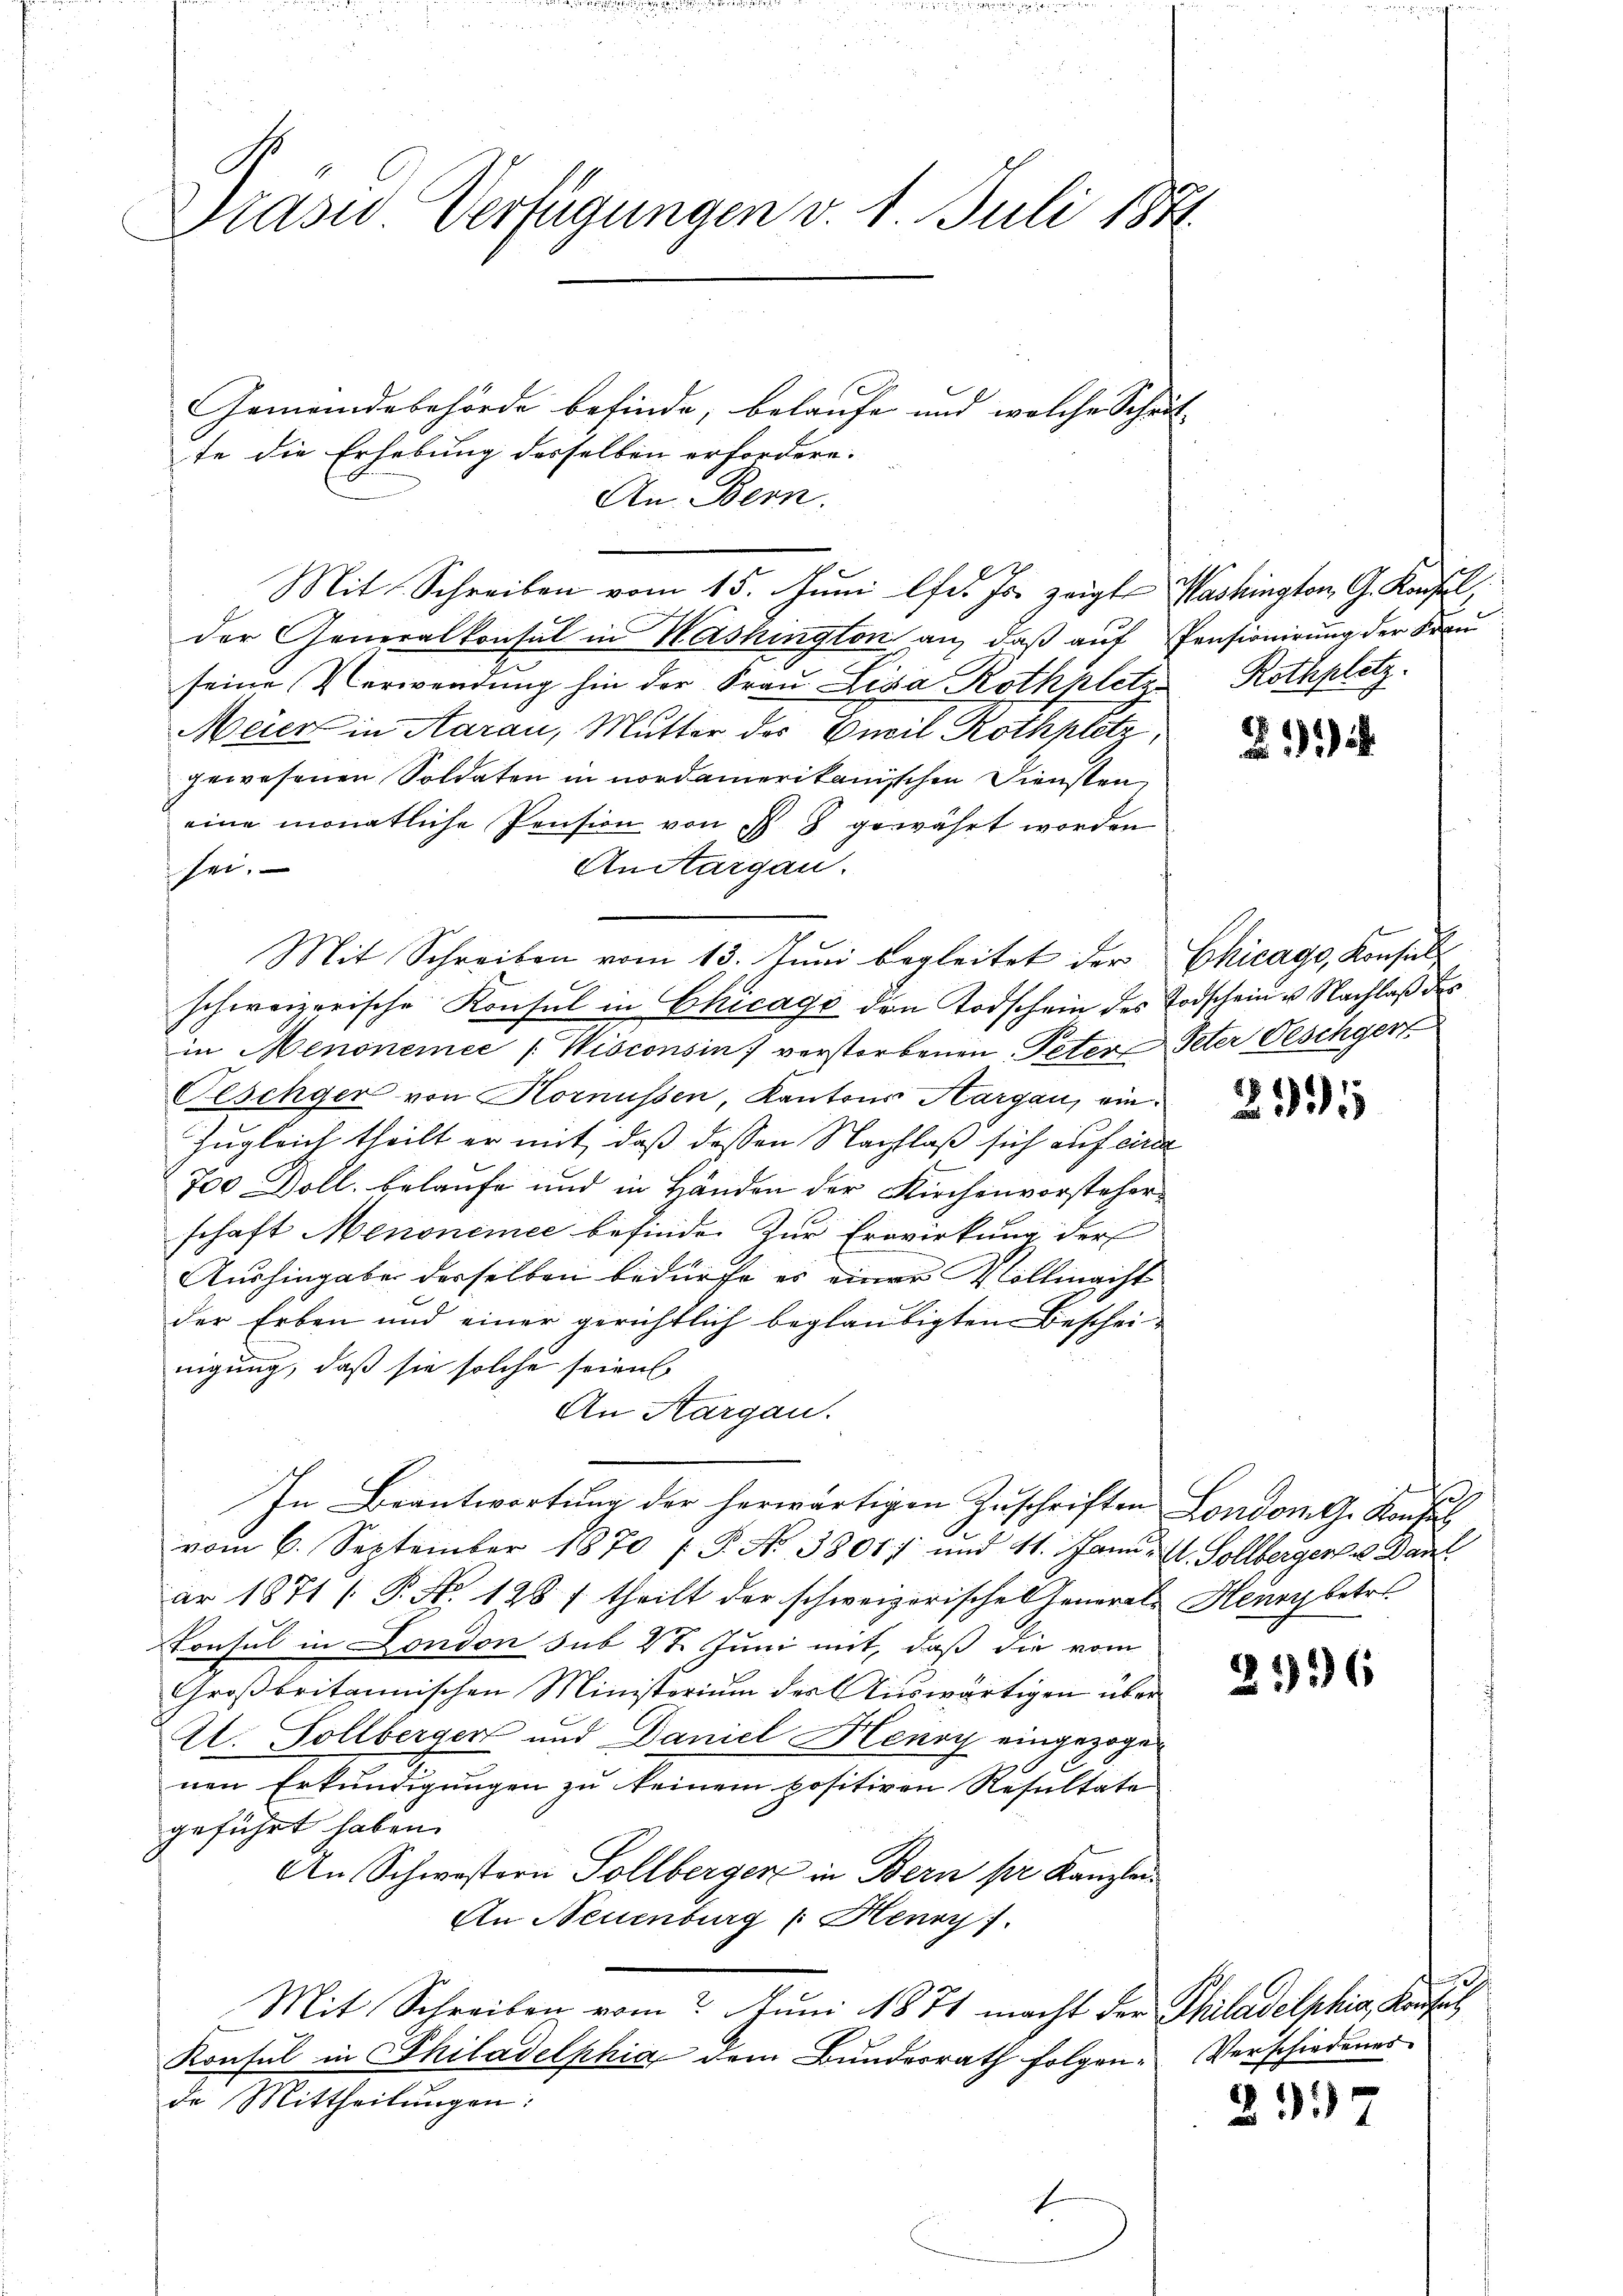
Präses Verfügungen v. 1. Juli 184.

Gemeindebehörde befinde, belaufe und welche Schutz
te die Erhebung desselben erfordere.
An. Bern.
der Generalkonsul in Washington an, daß auf Pensionirung der Frau
seine Verwendung hin der Frau Liga Rothkletz
Meier in Aarau, Mutter des Concil Rothplitz,
gewesenen Soldaten in nordamerikanischen Diensten
eine monatliche Pension von 8 gewährt worden
Anitargau.
sei.
Mit Schreiben vom 13. Juni begleitet der
schweizerische Konsul in Chicago den Todschein des Todschein u. Nachlaß des
in Menonemee [Wisconsin verstorbenen Peter Peter Oeschger
Oeschger von Hornüssen, Kantons Aargau, ein¬
Zugleich theilt er mit, daß dessen Nachlaß sich auf einer
700 Doll. belaufe und in Händen der Kirchenvorsteher
schaft Menonemee befinde. Zur Erwirkung der
Aushingabe derselben bedürfe es einer Vollmacht
der Erben und einer gerichtlich beglaubigten Bescheinigung, daß sie solche seien
An Aargau.
In Beantwortung der herwärtigen Zuschriften London G. Konsul
vom 6. September 1870 / P. No 3801 und 11. Jann A. Sollbergers u. Dant
ar 1871 [P. N. 128 f theilt der schweizerischen Generals Henry betre
Konsul in London sub 28 Juni mit, daß die vom
Großbritannischen Ministerium der Auswärtigen über
Al. Sollberger und Daniel Henry eingezogen
nen Erkundigungen zu keinem positiven Resultato
geführt haben.
An Schwestern Sollberger in Bern pr. Kanzlei
An Neuenburg u Henry
Mit Schreiben vom Juni 1871 macht der Philadelphia, Kausas
Konsul in Philadelphia dem Bundesrath folgende Mittheilungen:

Mit Schreiben vom 15. Juni lfd. Js. zeigte Washington, G. Kaufel

I

Rothplatz.

§115

Chicago, Konsult

2995

e

296

Verschiedenes

23